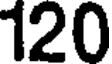
120